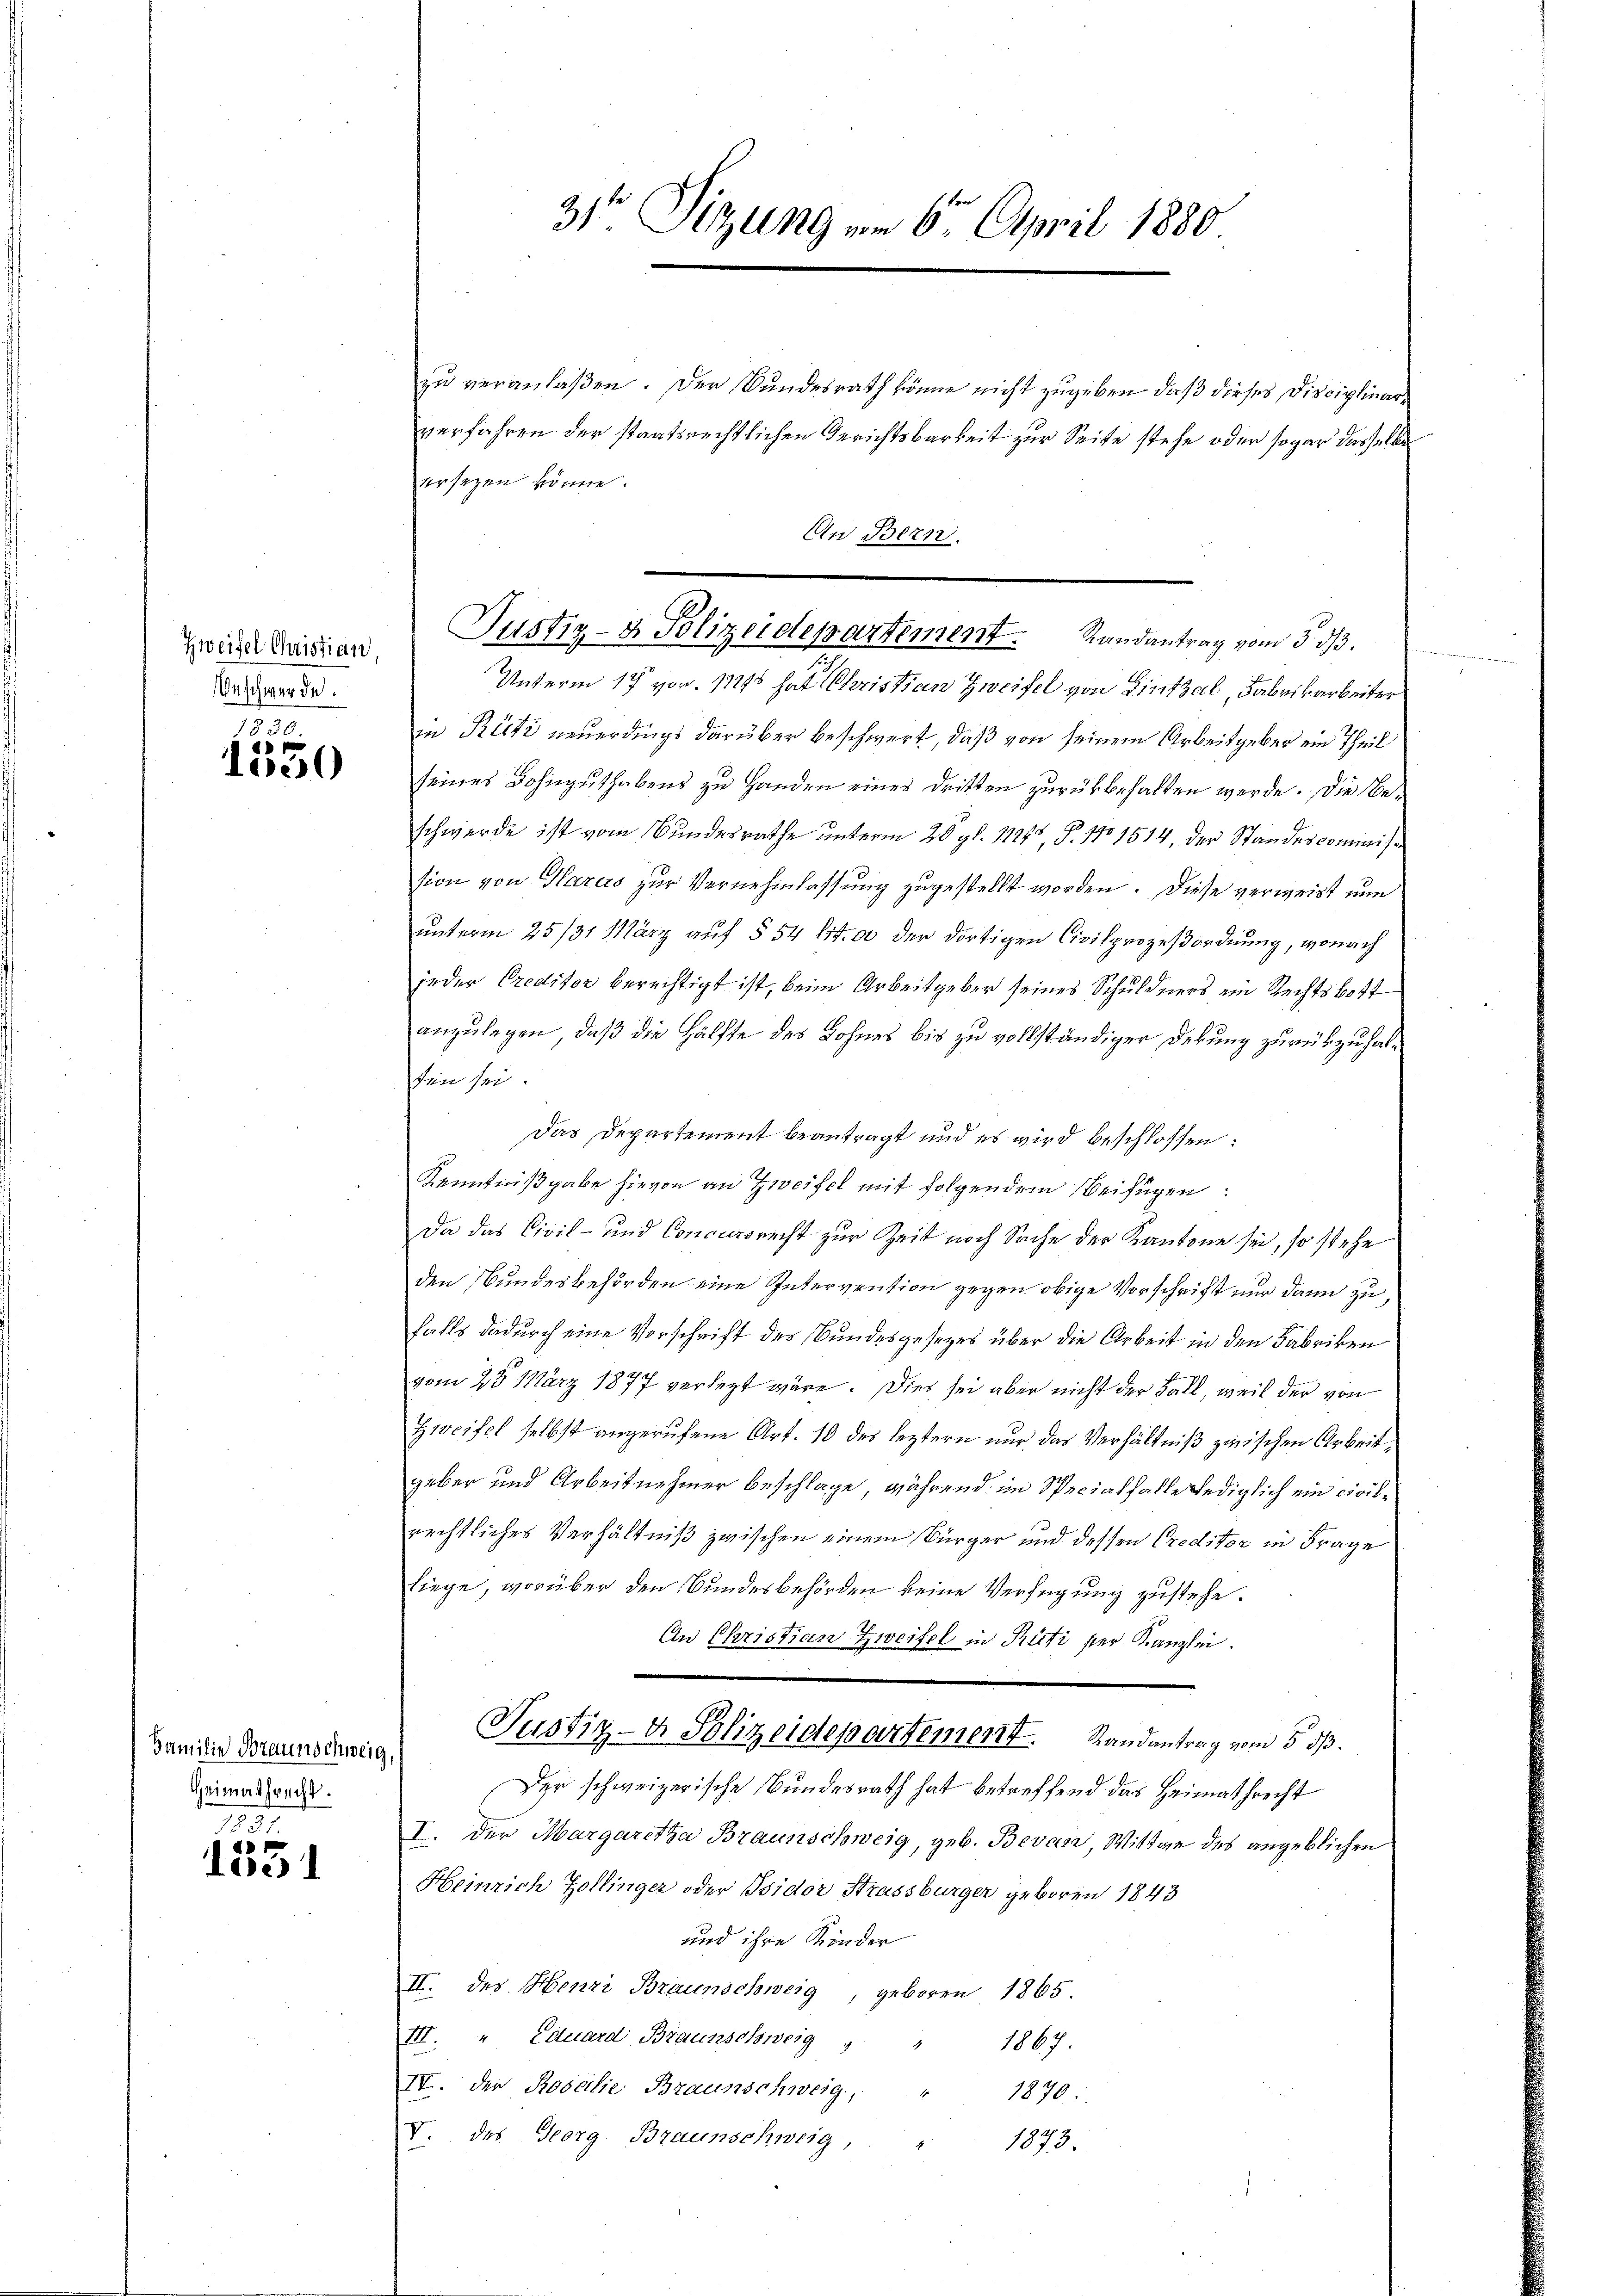
Zweifel Christian,
Beschwerde.

1830.
e
105

Familie Braunschweig,
Heimathrecht.

15.
4
oe

3te Sitzung vom 6. April 1880

zu veranlaßen. Der Bundesrath könne nicht zugeben, daß dieses Disciplinarverfahren der staatsrechtlichen Gerichtsbarkeit zur Seite stehe oder sogar dasselbe
ersetzen könne.
An Bern.
Unterm 17 vor. 1716 hat Christian Zweifel von Linthal, Fabrikarbeiter
in Rüti neuerdings darüber beschwert, daß von seinem Arbeitgeber ein Theil
seines Bohnguthabens zu Handen eines dritten zurückbehalten werde. Die Beschwerde ist vom Bundesrathe unterm 20. gl. 11245, P. No 1514, der Standescommißsion von Haras zur Vernehmlassung zugestellt worden. Diese verweist nu
unterm 25/31 März auf § 54 lit. a der dortigen Civilprozeßordnung, wonach
jeder Creditor berechtigt ist, beim Arbeitgeber seines Schuldners ein Rechtsbott
anzulegen, daß die Hälfte des Lohnes bis zu vollständiger Dekung zurückzuhalfen sei.
Das Departement beantragt und es wird beschlossen:
Kenntnißgabe hievon an Zweifel mit folgendem Beifügen:
Da das Civil- und Concursrecht zur Zeit noch Sache der Kantone sei, so stehe
den Bundesbehörden eine Intervention gegen obige Vorschrift nur dann zu,
falls dadurch eine Vorschrift des Bundesgesetzes über die Arbeit in den Fabriken
vom 25. März 1877 verlegt wäre. Dies sei aber nicht der Fall, weil der von
Zweifel selbst angerufene Art. 10 des leztern nur das Verhältniß zwischen Arbeit,
geber und Arbeitnehmer beschlage, während im Specialfalle lediglich ein civilrechtliches Verhältniß zwischen einem Bürger und dessen Creditor in Frage
liege, worüber den Bundesbehörden keine Verfügung zustehe.
An Christian Zweifel in Rüti ser Kanzlei.
Justiz- & Polizeidepartement. Randantrag vom 5. dß.
Der schweizerische Bundesrath hat betreffend das Heimathrecht
I. Der Margaretha Braunschweig, geb. Bevar, Wittwe des angeblichen
Heinrich Zollinger oder Isidor Strassburger geboren 1843
und ihre Kinder
II. des Henzi Braunschweig, geboren 1865.
III. " Eduard Braunschweig
1867.
IV. Der Rosalie Braunschweig,
1870.
V. des Georg Braunschweig,
1873.

Justiz- & Polizeidepartement. Randantrag vom 3. ds.